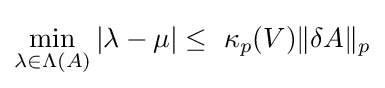
\min _{\lambda \in \Lambda (A)}|\lambda -\mu |\leq \ \kappa _{p}(V)\|\delta A\|_{p}